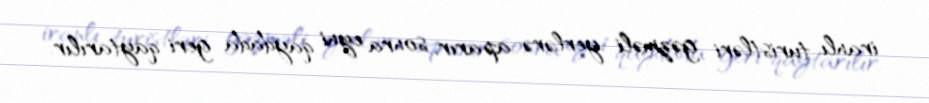
iranlı turistləri gəzməli yerlərə aparır, sonra eyni qaydada geri qaytarılır.